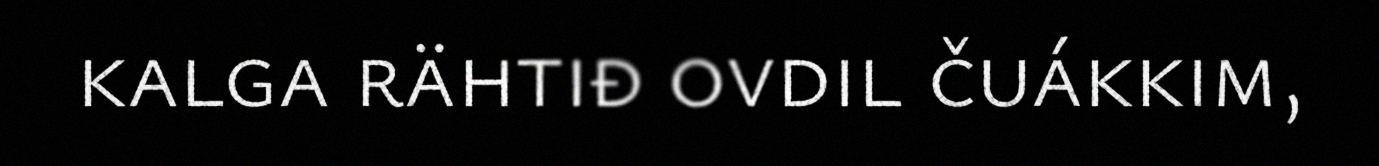
kalga rähtiđ ovdil čuákkim,